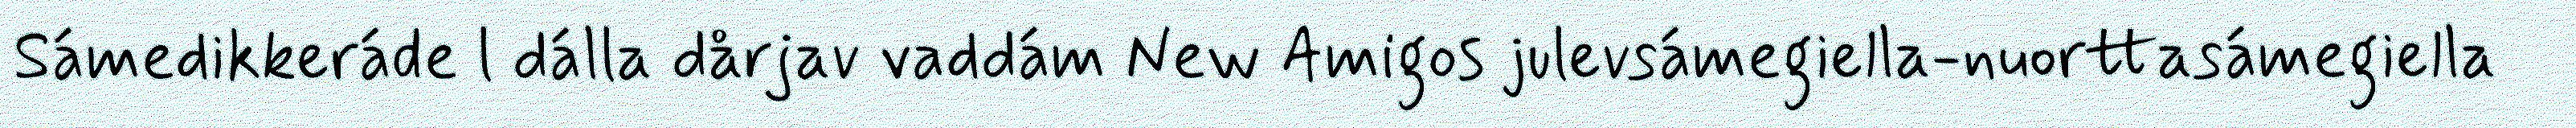
Sámedikkeráde l dálla dårjav vaddám New Amigos julevsámegiella-nuorttasámegiella